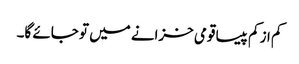
کم از کم پیسا قومی خزانے میں تو جائے گا۔